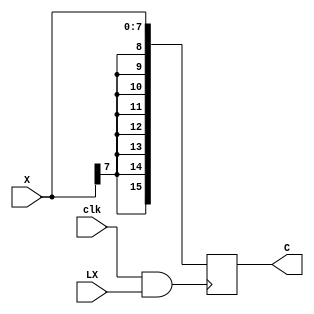
module reg_8b_in_16b_out(
    
    input [7:0] X,
    input [0:0] clk, LX,
    output reg [15:0] C

);
  
    always @ (posedge clk & LX) begin
        C <= X;
        C[8] <= X[7];
        C[9] <= X[7];
        C[10] <= X[7];
        C[11] <= X[7];
        C[12] <= X[7];
        C[13] <= X[7];
        C[14] <= X[7];
        C[15] <= X[7];
    end

endmodule

module reg_16b_in_16b_out(
    input [15:0] X,
    input [0:0] clk, LX,
    output reg [15:0] C
);

    always @ (posedge clk & LX) begin
        C <= X;
    end

endmodule